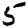
Digit: 5